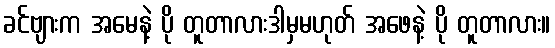
ခင်ဗျားက အမေနဲ့ ပို တူတာလားဒါမှမဟုတ် အဖေနဲ့ ပို တူတာလား။